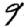
Digit: 9